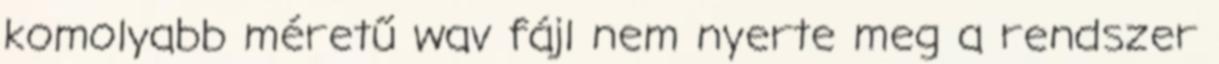
komolyabb méretű wav fájl nem nyerte meg a rendszer